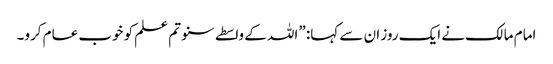
امام مالک نے ایک روز ان سے کہا: ”اللہ کے واسطے سنو تم علم کو خوب عام کرو۔